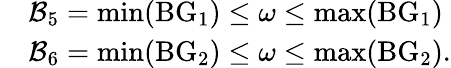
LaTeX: \begin{array}{rl}&{\mathcal{B}_{5}=\operatorname*{min}({\mathrm{BG}_{1}})\leq\omega\leq\operatorname*{max}({\mathrm{BG}_{1}})}\\ &{\mathcal{B}_{6}=\operatorname*{min}({\mathrm{BG}_{2}})\leq\omega\leq\operatorname*{max}({\mathrm{BG}_{2}}).}\end{array}